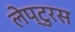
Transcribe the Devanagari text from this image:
लेप्टुरस